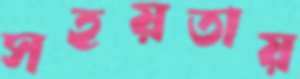
সহয়তায়